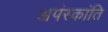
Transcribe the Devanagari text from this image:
अपंस्कांति